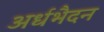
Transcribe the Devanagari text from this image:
अर्धभैदन